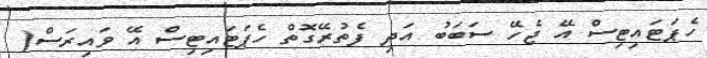
ހެޕަޓައިޓިސް އޭ ޖެހޭ ސަބަބު އަދި ފެތުރޭގޮތް ހެޕަޓައިޓިސް އޭ ވައިރަސް(